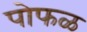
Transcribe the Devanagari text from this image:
पोफळ